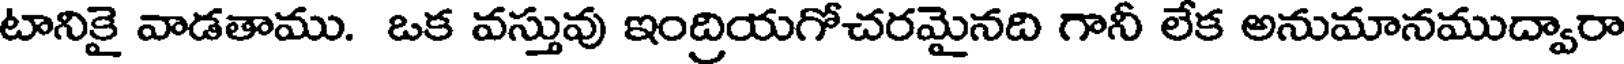
టానికై వాడతాము. ఒక వస్తువు ఇంద్రియగోచరమైనది గానీ లేక అనుమానముద్వారా